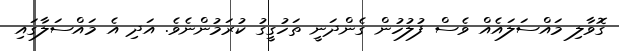
ގޮވާލި މައްސަލައެއް ވެސް ފުލުހުން ގެންދަނީ ތަހުގީގު ކުރަމުންނެވެ. އަދި އެ މައްސަލާގައި